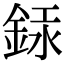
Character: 銾